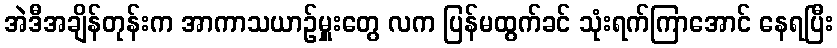
အဲဒီအချိန်တုန်းက အာကာသယာဉ်မှူးတွေ လက ပြန်မထွက်ခင် သုံးရက်ကြာအောင် နေရပြီး